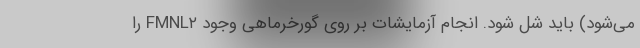
می‌شود) باید شل شود. انجام آزمایشات بر روی گورخرماهی وجود FMNL۲ را